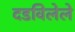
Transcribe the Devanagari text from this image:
दडविलेले